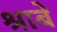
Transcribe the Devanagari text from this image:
श्राबे